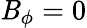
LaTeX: \mathit{B}_{\phi}=0